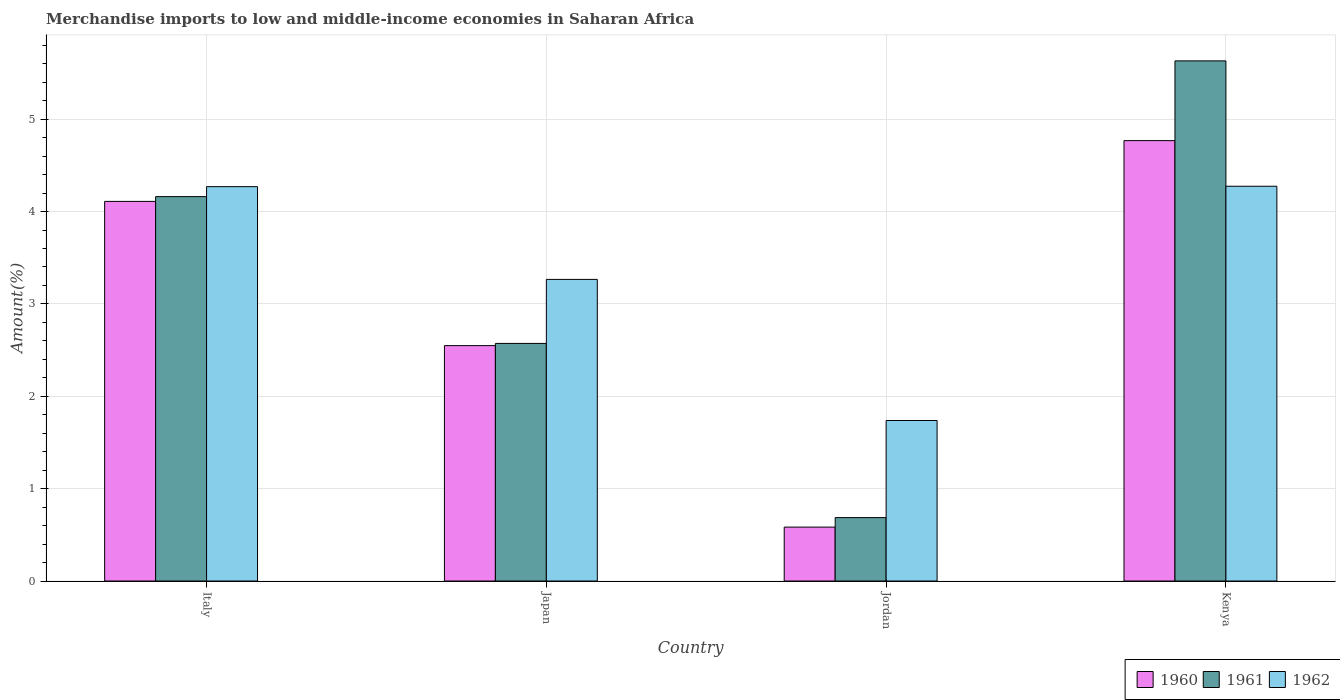
| Country | 1960 | 1961 | 1962 |
 | --- | --- | --- | --- |
 | Italy | 4.11 | 4.16 | 4.27 |
 | Japan | 2.55 | 2.57 | 3.27 |
 | Jordan | 0.584 | 0.687 | 1.74 |
 | Kenya | 4.77 | 5.63 | 4.27 |